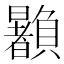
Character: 𰷙